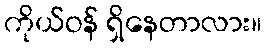
ကိုယ်ဝန် ရှိနေတာလား။